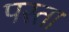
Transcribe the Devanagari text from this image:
पस्ता